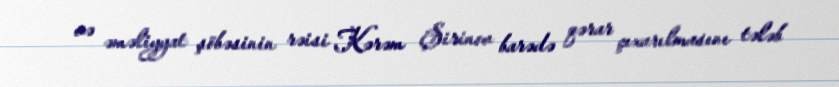
və əməliyyat şöbəsinin rəisi Kərəm Şirinov barədə qərar çıxarılmasını tələb